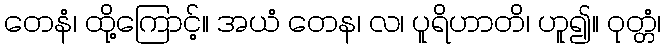
တေနံ၊ ထို့ကြောင့်။ အယံ တေန၊ လ၊ ပူရိဟာတိ၊ ဟူ၍။ ဝုတ္တံ၊